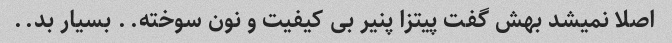
اصلا نمیشد بهش گفت پیتزا پنیر بی کیفیت و نون سوخته.. بسیار بد..